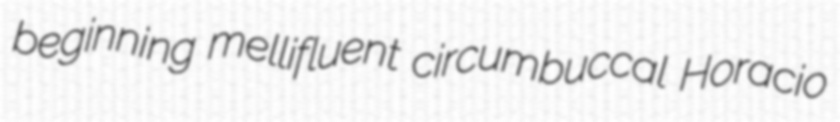
beginning mellifluent circumbuccal Horacio